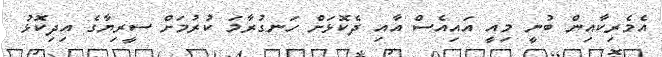
އެމެރިކާއިން ބުނީ މިއީ އައިއެސް އާއި ދެކޮޅަށް ހަނގުރާމަ ކުރުމަށް ސީރިޔާގެ އިދިކޮޅު